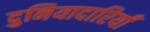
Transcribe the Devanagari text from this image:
दुनियादारियाँ